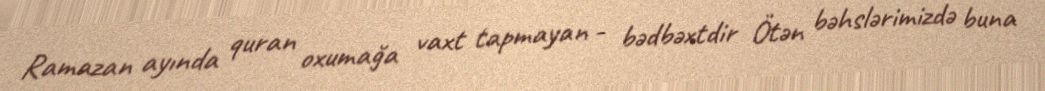
Ramazan ayında quran oxumağa vaxt tapmayan - bədbəxtdir Ötən bəhslərimizdə buna